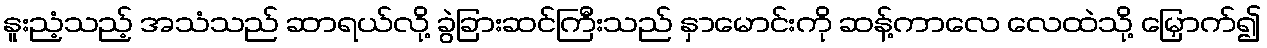
နူးညံ့သည့် အသံသည် ဆာရယ်လို့ ခွဲခြားဆင်ကြီးသည် နှာမောင်းကို ဆန့်ကာလေ လေထဲသို့ မြှောက်၍